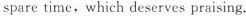
spare time, which deserves praising.